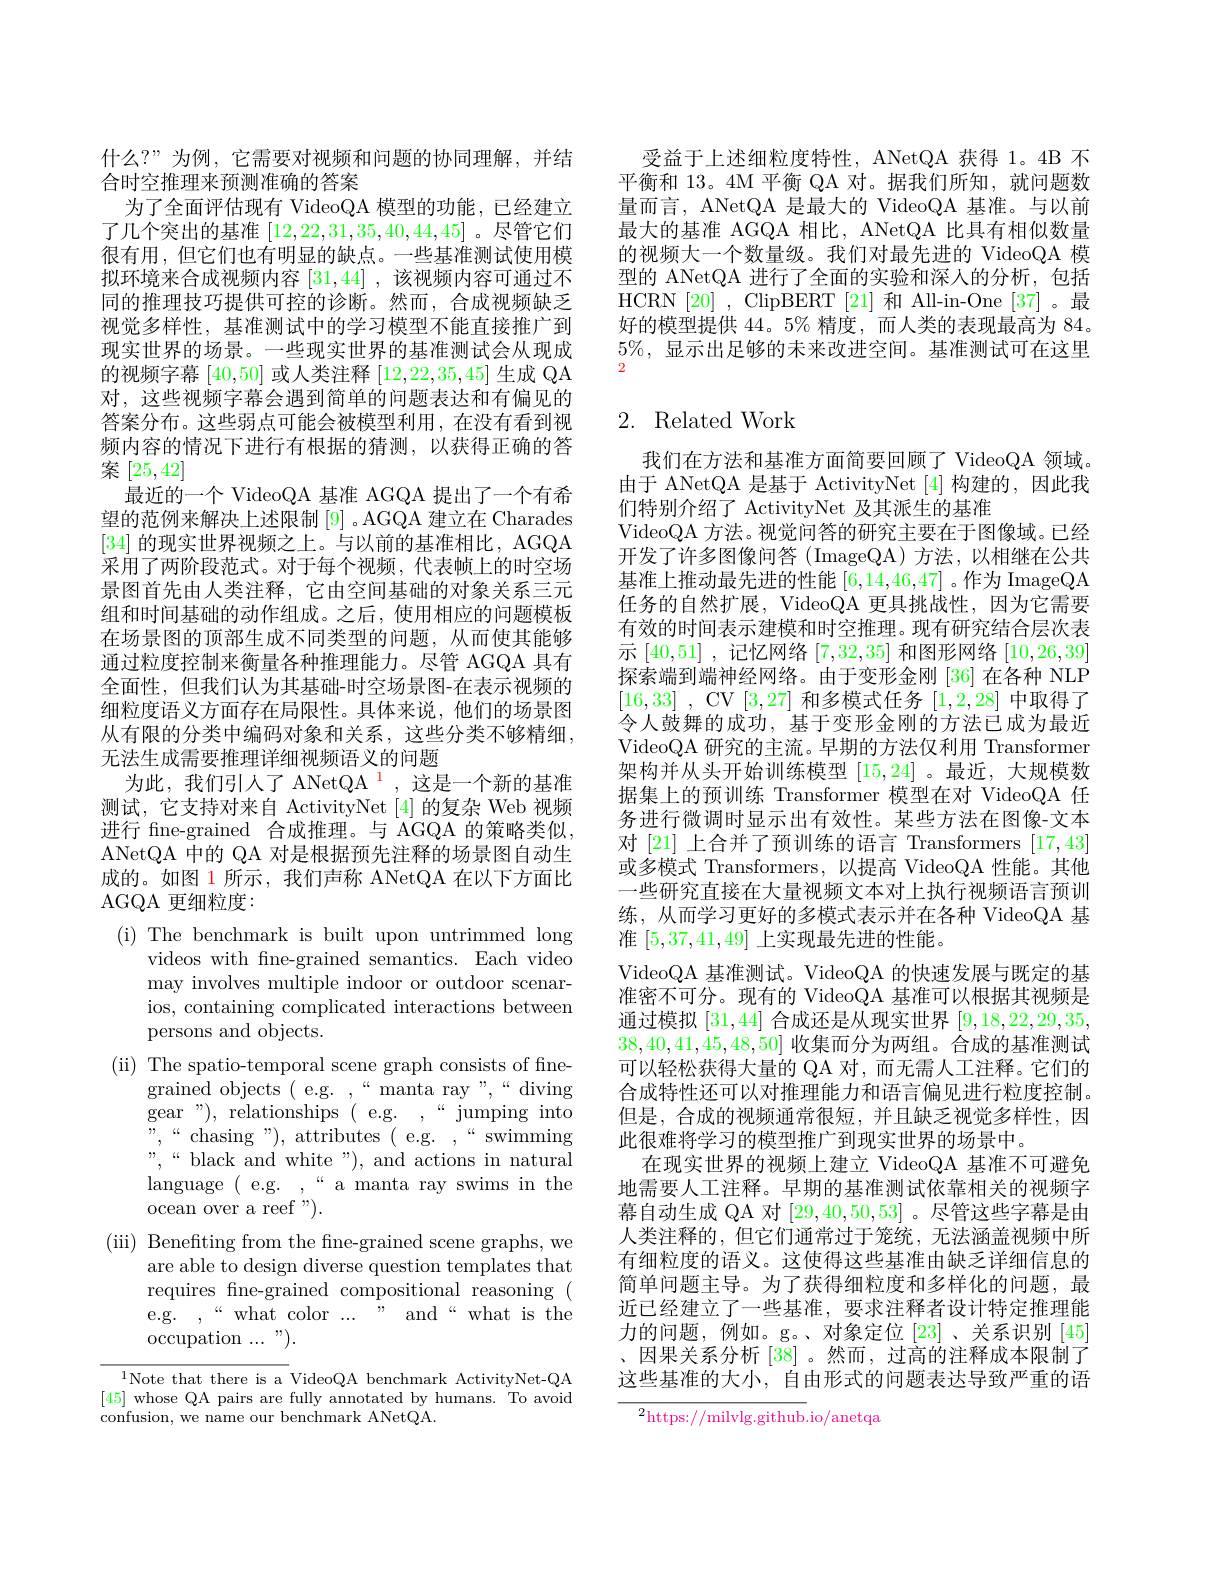
什么？”为例，它需要对视频和问题的协同理解，并结
合时空推理来预测准确的答案
为了全面评估现有 VideoQA 模型的功能，已经建立了几个突出的基准[12,22,31,35,40,44,45] 。尽管它们很有用，但它们也有明显的缺点。一些基准测试使用模拟环境来合成视频内容[31,44] ,该视频内容可通过不同的推理技巧提供可控的诊断。然而，合成视频缺乏视觉多样性，基准测试中的学习模型不能直接推广到现实世界的场景。一些现实世界的基准测试会从现成的视频字幕[40,50]或人类注释[12,22,35,45]生成 QA 对，这些视频字幕会遇到简单的问题表达和有偏见的答案分布。这些弱点可能会被模型利用，在没有看到视频内容的情况下进行有根据的猜测，以获得正确的答案[25,42]
最近的一个 VideoQA 基准 AGQA 提出了一个有希望的范例来解决上述限制[9] 。AGQA 建立在 Charades [34]的现实世界视频之上。与以前的基准相比，AGQA 采用了两阶段范式。对于每个视频，代表帧上的时空场景图首先由人类注释，它由空间基础的对象关系三元组和时间基础的动作组成。之后，使用相应的问题模板在场景图的顶部生成不同类型的问题，从而使其能够通过粒度控制来衡量各种推理能力。尽管 AGQA 具有全面性，但我们认为其基础-时空场景图-在表示视频的细粒度语义方面存在局限性。具体来说，他们的场景图从有限的分类中编码对象和关系，这些分类不够精细， 无法生成需要推理详细视频语义的问题
为此，我们引人了 ANetQA$^{\color{red}{1}}$,这是一个新的基准测试，它支持对来自 ActivityNet [4]的复杂 Web 视频进行 fne-grained 合成推理。与 AGQA 的策略类似， ANetQA 中的 QA 对是根据预先注释的场景图自动生成的。如图 1 所示，我们声称 ANetQA 在以下方面比AGQA 更细粒度：
(i) The benchmark is built upon untrimmed long
videos with fne-grained semantics. Each video may involves multiple indoor or outdoor scenarios, containing complicated interactions between persons and objects.
(ii) The spatio-temporal scene graph consists of fine-
grained objects ( e.g. ,“manta ray”,“diving gear"),~relationships~(~e.g.~,~“jumping~into ${\mathrm{",~“chasing~"),~attributes~(~e.g.~,~“swimming}}$ " , “ black and white " ) , and actions in natural language (e.g. ,“a manta ray swims in the ocean over a reef ").
(iii) Benefting from the fne-grained scene graphs, we
are able to design diverse question templates that requires fne-grained compositional reasoning (
and“what is the
e.g. , “what color ...
occupation ... ").
$^{1}$Note that there is a VideoQA benchmark ActivityNet- QA [45] whose QA pairs are fully annotated by humans. To avoid

confusion, we name our benchmark ANetQA.

受益于上述细粒度特性，ANetQA 获得 1。4B 不平衡和 13。4M 平衡 QA 对。据我们所知，就问题数量而言，ANetQA 是最大的 VideoQA 基准。与以前最大的基准 AGQA 相比，ANetQA 比具有相似数量的视频大一个数量级。我们对最先进的 VideoQA 模型的 ANetQA 进行了全面的实验和深人的分析，包括HCRN [20] , ClipBERT [21] 和 All-in-One [37] 。最好的模型提供 44。5% 精度，而人类的表现最高为 84。$5\%$,显示出足够的未来改进空间。基准测试可在这里2

## 2. Related Work

我们在方法和基准方面简要回顾了 VideoQA 领域。由于 ANetQA 是基于 ActivityNet [4] 构建的，因此我们特别介绍了 ActivityNet 及其派生的基准
VideoQA 方法。视觉问答的研究主要在于图像域。已经开发了许多图像问答(ImageQA)方法，以相继在公共基准上推动最先进的性能[6,14,46,47] 。作为 ImageQA 任务的自然扩展，VideoQA 更具挑战性，因为它需要有效的时间表示建模和时空推理。现有研究结合层次表示[40,51] , 记忆网络[7,32,35]和图形网络[10,26,39] 探索端到端神经网络。由于变形金刚 [36] 在各种 NLP [16,33] , CV[3,27]和多模式任务[1,2,28]中取得了令人鼓舞的成功，基于变形金刚的方法已成为最近VideoQA 研究的主流。早期的方法仅利用 Transformer 架构并从头开始训练模型[15,24] 。最近，大规模数据集上的预训练 Transformer 模型在对 VideoQA 任务进行微调时显示出有效性。某些方法在图像-文本对 [21] 上合并了预训练的语言 Transformers [17,43] 或多模式 Transformers, 以提高 VideoQA 性能。其他一些研究直接在大量视频文本对上执行视频语言预训练，从而学习更好的多模式表示并在各种 VideoQA 基准[5,37,41,49]上实现最先进的性能。
VideoQA 基准测试。VideoQA 的快速发展与既定的基准密不可分。现有的 VideoQA 基准可以根据其视频是通过模拟[31,44]合成还是从现实世界[9,18,22,29,35, 38,40,41,45,48,50]收集而分为两组。合成的基准测试可以轻松获得大量的 QA 对，而无需人工注释。它们的合成特性还可以对推理能力和语言偏见进行粒度控制。但是，合成的视频通常很短，并且缺乏视觉多样性，因此很难将学习的模型推广到现实世界的场景中。
在现实世界的视频上建立 VideoQA 基准不可避免地需要人工注释。早期的基准测试依靠相关的视频字幕自动生成 QA 对[29,40,50,53] 。尽管这些字幕是由人类注释的，但它们通常过于笼统，无法涵盖视频中所有细粒度的语义。这使得这些基准由缺乏详细信息的简单问题主导。为了获得细粒度和多样化的问题，最近已经建立了一些基准，要求注释者设计特定推理能力的问题，例如。g。、对象定位[23]、关系识别[45] 、因果关系分析 [38] 。然而，过高的注释成本限制了这些基准的大小，自由形式的问题表达导致严重的语
$^2$https: / / milvlg. github.io/anetqa